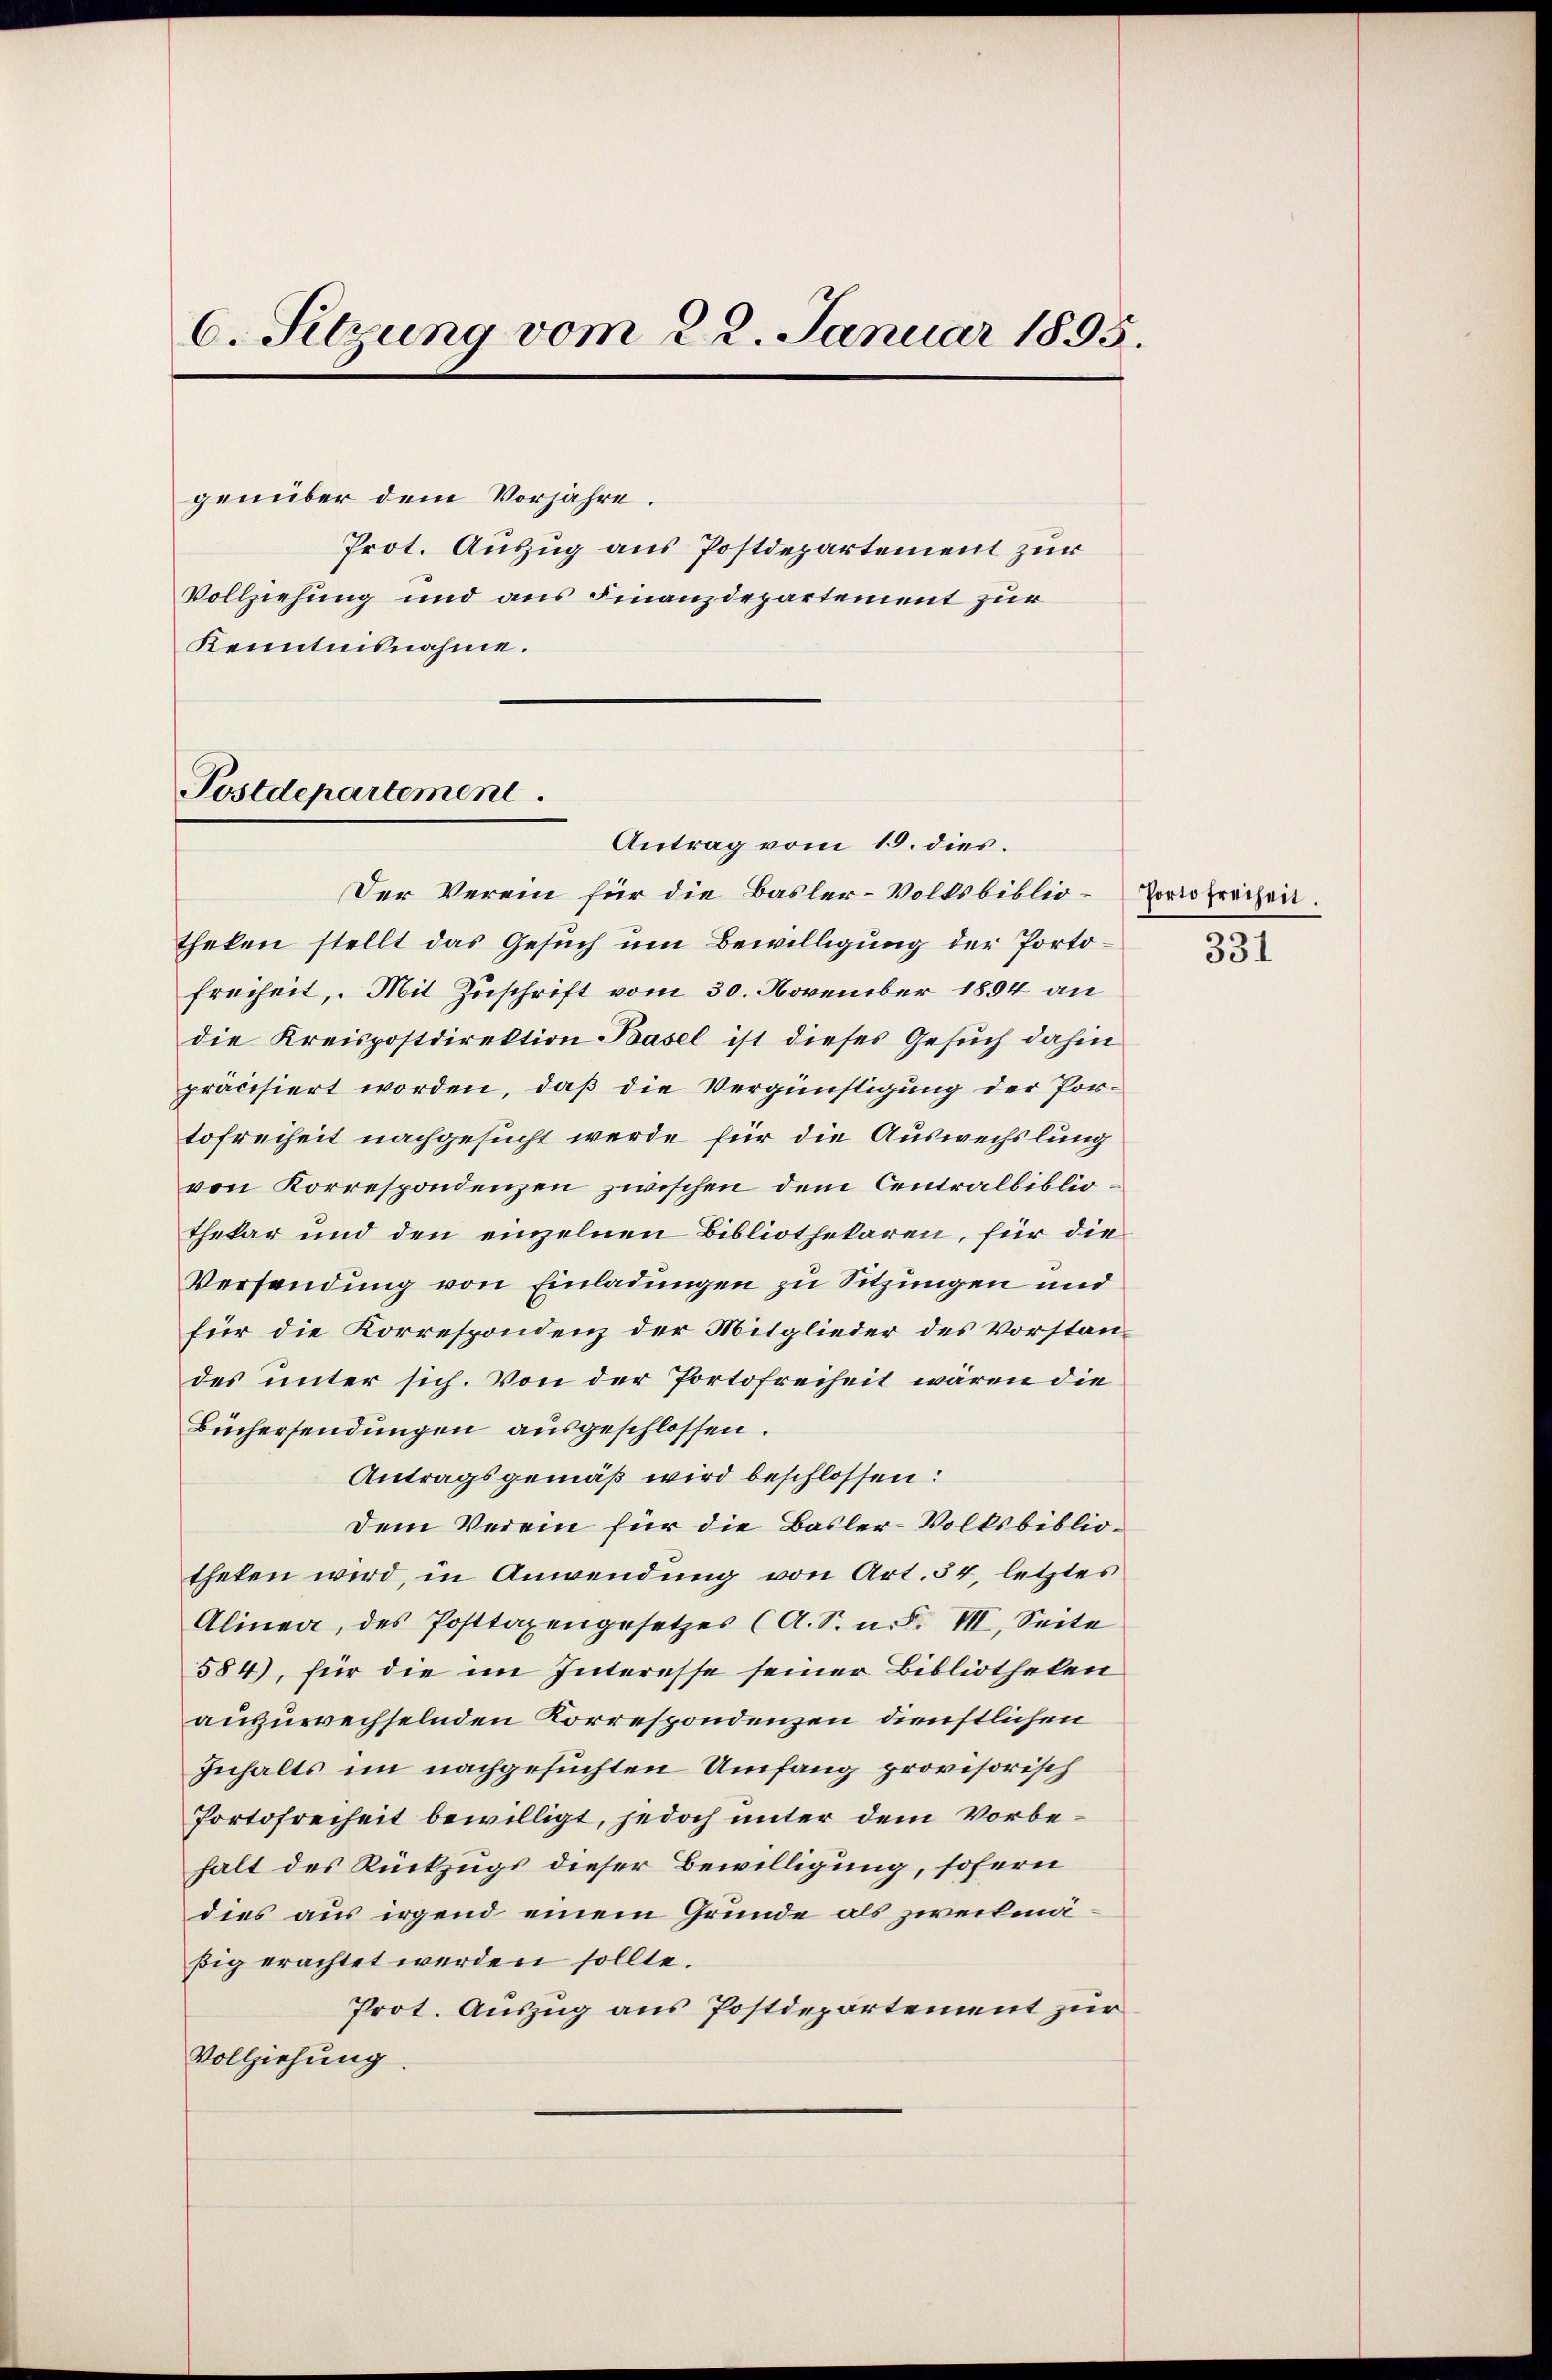
6. Setzung vom 22. Januar 1895.
genüber dem Vorjahre.
Prot. Auszug aus Postdepartement zur
Vollziehung und aus Finanzdepartement zur
Kenntnisnahme.

Postdepartement.
Antrag vom 15. dies.

Der Verein für die Basler-Volksbibliotheken stellt das Gesuch um Bewilligung der Portofreiheit, Mit Zuschrift vom 30. November 1894 an
die Kreispostdirektion Basel ist dieses Gesuch dahin
präcisiert worden, daß die Vergünstigung der Portofreiheit nachgesucht werde für die Auswechslung
von Korrespondenzen zwischen dem Centralbibliothekar und den einzelnen Bibliothekaren, für die
Versendung von Einladungen zu Sitzungen und
für die Korrespondenz der Mitglieder des Vorstandes unter sich. Von der Portofreiheit wären die
Büchersendungen ausgeschlossen.
Antragsgemäß wird beschlossen:
Dem Verein für die Basler-Volksbibliotheten wird, in Anwendung von Art. 54, letztes
Alinea, des Posttaxengesetzes (A. S. n. F. VII. Seite
584), für die im Interesse seiner Bibliotheken
auszuwechselnden Korrespondenzen dienstlichen
Inhalts im nachgesuchten Umfang provisorisch
Portofreiheit bewilligt, jedoch unter dem Vorbehalt des Rückzugs dieser Bewilligung, sofern
dies aus irgend einem Grunde als zweitmäßig erachtet werden sollte.
Prot. Auszug aus Postdepartement zur
Vollziehung

Porto freiheit.
331